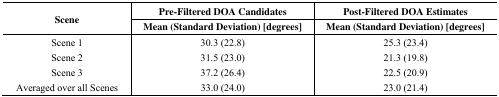
| <ROWSPAN=3> Scene | Pre-Filtered DOA Candidates | Post-Filtered DOA Estimates |
 | Mean (Standard Deviation) [degrees] | Mean (Standard Deviation) [degrees] |
 | --- | --- | --- |
 | Scene 1 | 30.3 (22.8) | 25.3 (23.4) |
 | Scene 2 | 31.5 (23.0) | 21.3 (19.8) |
 | Scene 3 | 37.2 (26.4) | 22.5 (20.9) |
 | Averaged over all Scenes | 33.0 (24.0) | 23.0 (21.4) |